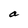
Character: a